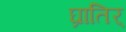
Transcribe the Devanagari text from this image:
घ्रातिर्